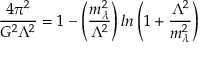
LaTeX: \frac { 4 \pi ^ { 2 } } { G ^ { 2 } \Lambda ^ { 2 } } = 1 - \left( \frac { m _ { \lambda } ^ { 2 } } { \Lambda ^ { 2 } } \right) l n \left( 1 + \frac { \Lambda ^ { 2 } } { m _ { \lambda } ^ { 2 } } \right)